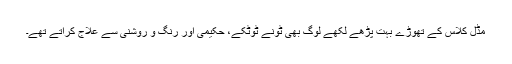
مڈل کلاس کے تھوڑے بہت پڑھے لکھے لوگ بھی ٹونے ٹوٹکے، حکیمی اور رنگ و روشنی سے علاج کراتے تھے۔